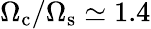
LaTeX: \Omega_{\mathrm{c}}/\Omega_{\mathrm{s}}\simeq 1.4